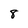
Character: 8